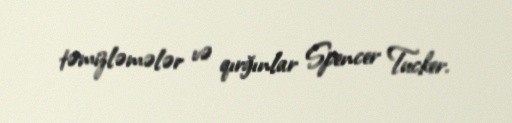
təmizləmələr və qırğınlar Spencer Tucker.